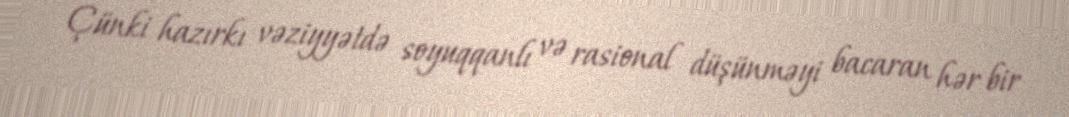
Çünki hazırkı vəziyyətdə soyuqqanlı və rasional düşünməyi bacaran hər bir